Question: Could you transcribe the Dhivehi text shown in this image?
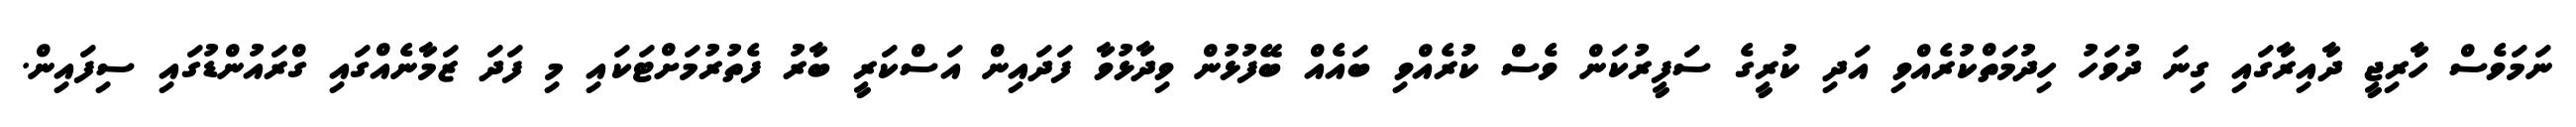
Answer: ނަމަވެސް ހާރިޖީ ދާއިރާގައި ގިނަ ދުވަހު ހިދުމަތްކުރެއްވި އަދި ކުރީގެ ސަފީރުކަން ވެސް ކުރެއްވި ބައެއް ބޭފުޅުން ވިދާޅުވާ ފަދައިން އަސްކަރީ ބާރު ފެތުރުމަށްޓަކައި މި ފަދަ ޒަމާނެއްގައި ގްރައުންޑުގައި ސިފައިން.